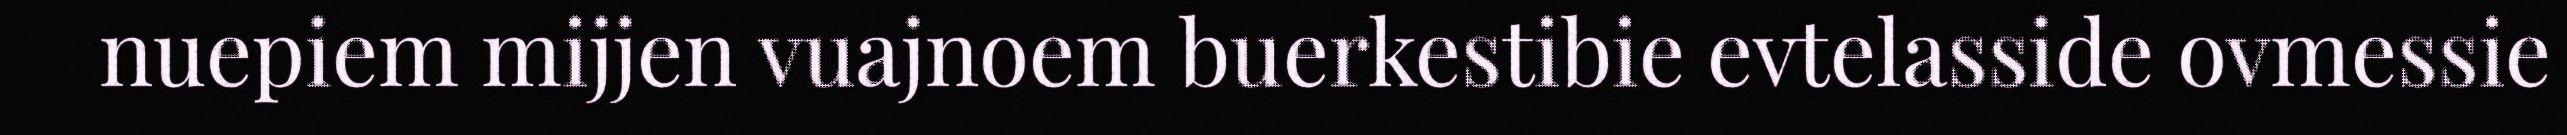
nuepiem mijjen vuajnoem buerkestibie evtelasside ovmessie